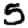
Digit: 5